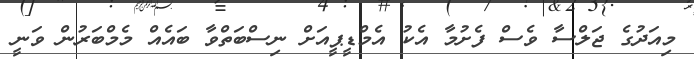
މިއަދުގެ ޖަލްސާ ވެސް ފެށުމާ އެކު އެމްޑީޕީއަށް ނިސްބަތްވާ ބައެއް މެމްބަރުން ވަނީ